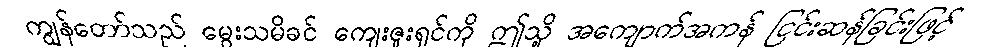
ကျွန်တော်သည် မွေးသမိခင် ကျေးဇူးရှင်ကို ဤသို့ အကျောက်အကန် ငြင်းဆန်ခြင်းဖြင့်